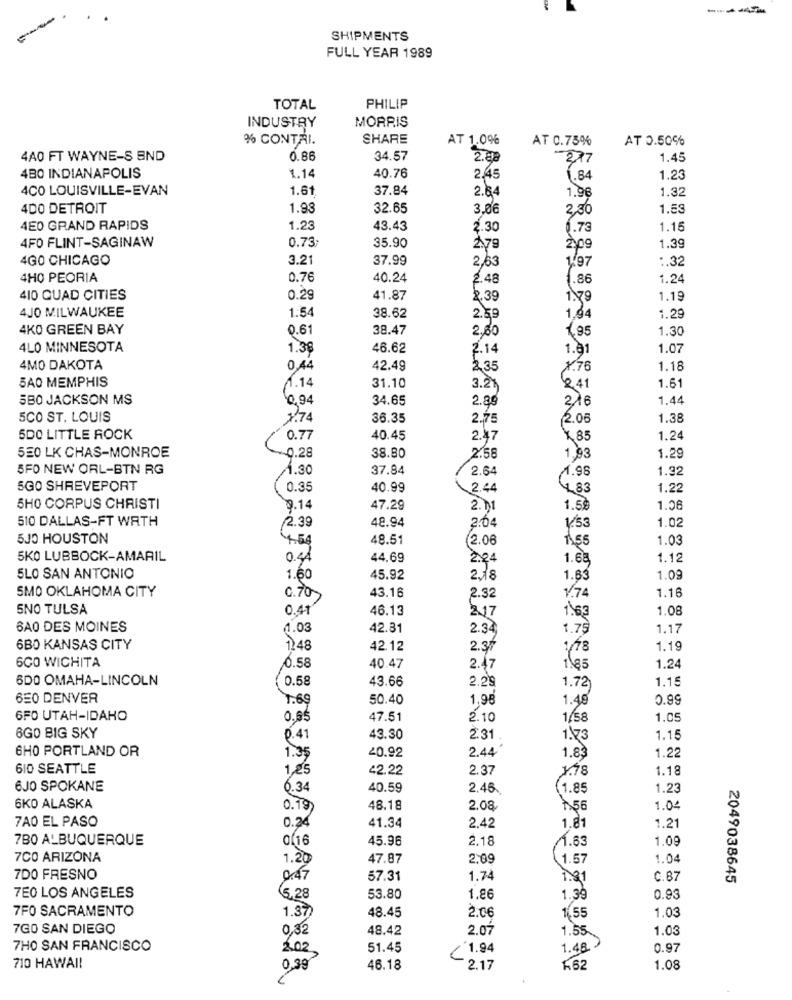
-
SHIPMENTS
FULL YEAR 1989
TOTAL
PHILIP
INDUSTRY
MORRIS
% CONTRI.
SHARE
AT 1.0%
AT 0.75%
AT 0.50%
4A0 FT WAYNE-S BND
0.86
34.57
2.88
377
1.45
480 INDIANAPOLIS
1.14
40.76
2,45
1.84
1.23
4CO LOUISVILLE-EVAN
1.61
37.84
1.98
1.32
2.64
4DO DETROIT
1.98
32.65
3,06
2,30
1.53
4E0 GRAND RAPIDS
1.23
43.43
2.30
6.73
1.15
4FO FLINT-SAGINAW
35.90
0.73;
2.79
209
1.3
4GO CHICAGO
3.2
37.99
2,63
1.97
:. 32
4HO PEORIA
0.76
40.24
2.48
1.86
1.24
410 QUAD CITIES
0.29
41.87
2.39
1.79
1.15
4JO MILWAUKEE
1.54
38.62
2.59
1.94
1.29
4KO GREEN BAY
0.61
38.47
2,80
1.30
1.95
4LO MINNESOTA
1.38
46.62
2.14
1.01
1.07
4MO DAKOTA
0,44
42.49
2.35
8.76
1.18
SAO MEMPHIS
1.14
31.10
3.21
€41
1.61
580 JACKSON MS
0,94
34.65
2.89
216
1.4
5CO ST. LOUIS
1.74
36.35
2.75
2.05
1.38
500 LITTLE ROCK
0.77
40.45
2.47
85
1.24
550 LK CHAS-MONROE
38.80
0.28
2.58
1,93
1.29
SFO NEW ORL-BTN RG
1.30
37.84
2.64
1.92
1.98
SGO SHREVEPORT
0.35
40.99
2.44
4.83
1.22
5H0 CORPUS CHRISTI
9.14
47.29
2. 11
1.59
1.26
510 DALLAS-FT WATH
48.94
2.04
1.02
2.39
1/53
5JO HOUSTON
4.54
48.51
2.06
1.03
5KO LUBBOCK-AMARIL
0.44
44.69
2.24
1.64,
1.12
SLO SAN ANTONIO
1.60
45.92
2,18
1.63
1.09
SMO OKLAHOMA CITY
0.707
43.16
2.32
1.74
1.16
SNO TULSA
0.41
46.13
2.17
1.08
1.63
BAO DES MOINES
4.03
42.31
2.34
1.75
1.17
6BO KANSAS CITY
1.48
42.12
2.37
1.19
6CO WICHITA
0.58
40.47
2.47
1.65
1.24
6DO OMAHA-LINCOLN
0.58
43.66
1.15
2.29
1.72)
650 DENVER
1.69
50.40
1,98
1.48
0.99
6FO UTAH-IDAHO
0.65
47.51
2.10
1.58
1.0
6GO BIG SKY
0.41
43.30
2.3:
1.73
1.15
6HO PORTLAND OR
20.92
2.44
1.35
1.83
1.22
610 SEATTLE
1,25
42.22
2.37
1.78
1.18
6JO SPOKANE
6.34
40.59
2.46
(1.85
1.23
6KO ALASKA
0.19
48.18
2.08
56
1.04
7AO EL PASO
0.24
1.81
1.21
41.34
2.42
7BO ALBUQUERQUE
0 16
45.96
2.18
1.63
1.09
7CO ARIZONA
1.20
47.87
2,09
1.57
1.04
7DO FRESNO
0.47
57.31
1.74
1.81
C.87
2049038645
7E0 LOS ANGELES
5.28
53.80
1.86
1.39
0.98
7FO SACRAMENTO
48.45
2.06
1.03
1.37
1,55
7GO SAN DIEGO
0,32
48.42
2.07
1.55
1.03
7HO SAN FRANCISCO
51.45
( 1.94
1.48)
0.97
2.02,
710 HAWAII
0,39
46.18
2.17
162
1.08